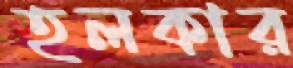
হলকার